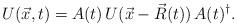
LaTeX: \begin{align*}U(\vec x,t) = A(t)\, U(\vec x - \vec R(t)) \,A(t)^\dagger.\end{align*}